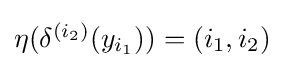
{\textstyle \eta (\delta ^{(i_{2})}(y_{i_{1}}))=(i_{1},i_{2})}